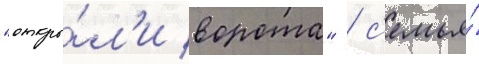
"откры́л'и ворота" / с'емья́